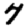
Digit: 7